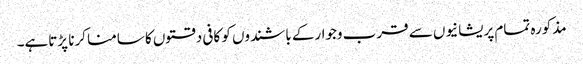
مذکورہ تمام پریشانیوں سے قرب وجوارکے باشندوں کو کافی دقتوں کا سامنا کرنا پڑتاہے۔